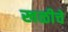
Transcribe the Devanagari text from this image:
खळीचे